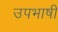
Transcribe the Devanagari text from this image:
उपभाषी